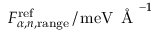
F _ { \alpha , n , \mathrm { r a n g e } } ^ { \mathrm { r e f } } \, / \, \mathrm { m e V } \, \mathrm { ~ \AA ~ } ^ { - 1 }